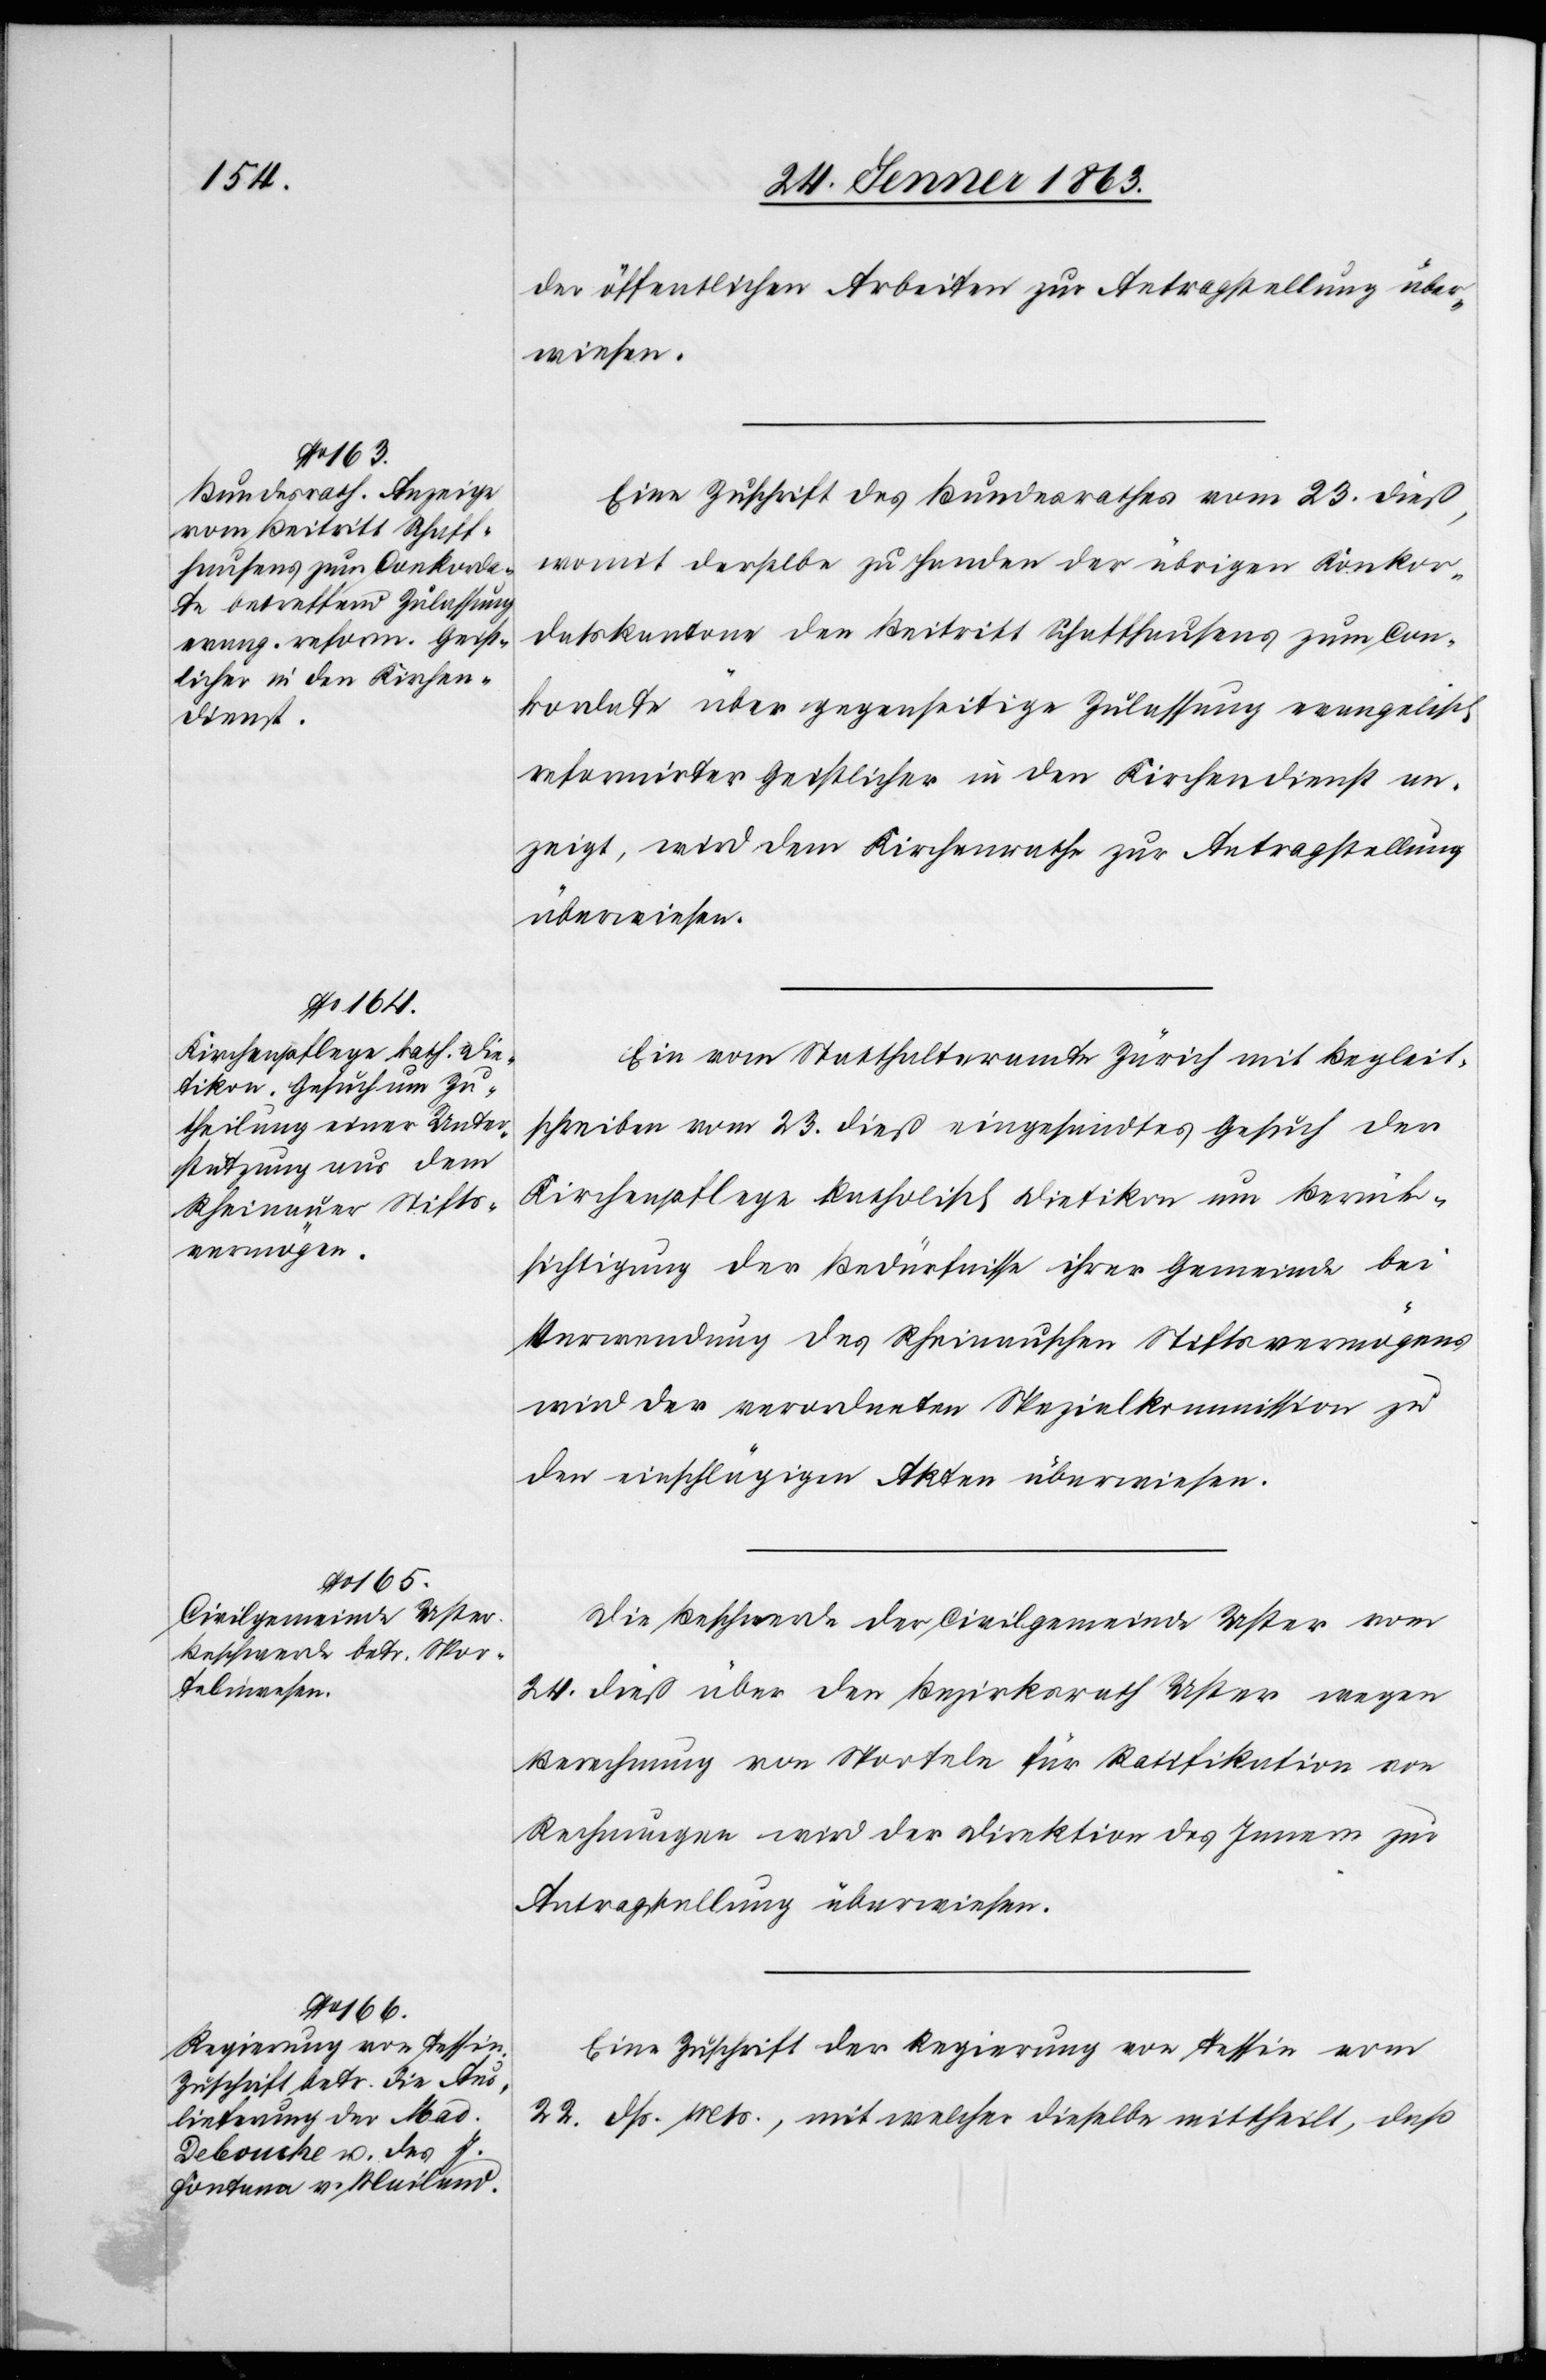
26. Jenner 1863.]
der öffentlichen Arbeiten zur Antragstellung über¬
wiesen.
Eine Zuschrift des Bundesrathes vom 23. dieß,
womit derselbe zu Handen der übrigen Konkor¬
datskantone den Beitritt Schaffhausens zum Con¬
kordate über gegenseitige Zulassung evangelisch
reformirter Geistlicher in den Kirchendienst an¬
zeigt, wird dem Kirchenrathe zur Antragstellung
überwiesen.
Ein vom Statthalteramte Zürich mit Begleit¬
schreiben vom 23. dieß eingesandtes Gesuch der
Kirchenpflege katholisch Dietikon um Berück¬
sichtigung der Bedürfnisse ihrer Gemeinde bei
Verwendung des Rheinauschen Stiftsvermögens
wird der verordneten Spezialkommission zu
den einschlägigen Akten überwiesen.
Die Beschwerde der Civilgemeinde Uster vom
24. dieß über den Bezirksrath Uster wegen
Berechnung von Sporteln für Ratifikation von
Rechnungen wird der Direktion des Innern zur
Antragstellung überwiesen.
Eine Zuschrift der Regierung von Tessin vom
22. dß. Mts., mit welcher dieselbe mittheilt, daß